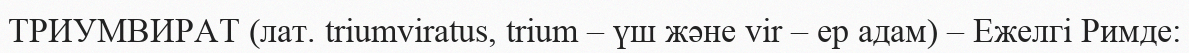
ТРИУМВИРАТ (лат. trіumvіratus, trіum – үш және vіr – ер адам) – Ежелгі Римде: